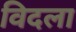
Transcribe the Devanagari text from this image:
विदला